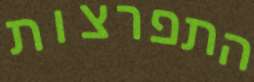
התפרצות